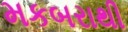
મકબરાથી